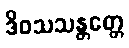
ဒိဝသသန္တတ္တေ